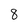
Character: 8